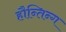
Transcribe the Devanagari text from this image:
हौन्तिन्ग